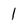
Character: 1